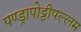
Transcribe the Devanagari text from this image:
पण्ड्रापोट्टीपल्लम